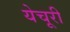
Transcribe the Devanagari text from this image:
येचूरी